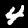
Label: 4